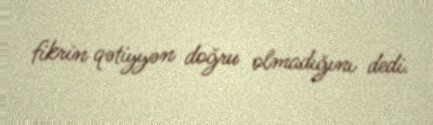
fikrin qətiyyən doğru olmadığını dedi.